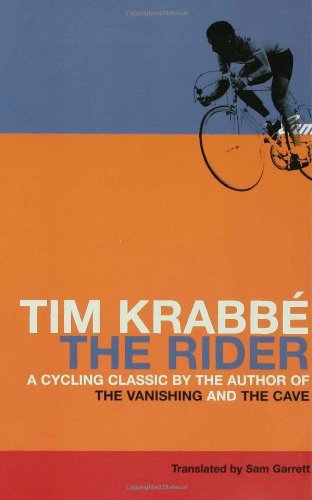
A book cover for The Rider; Tim KrabbÃ©; Literature & Fiction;